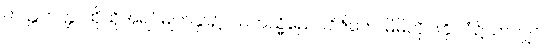
တတ္တတတ္တ၊ ထိုထိုအရပ်မျက်နှာ၌။ သကသ္မိညေဝဝိဇိတေ၊ မိမိတိုင်းနိုင်ငံ၌သာလျှင်။